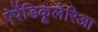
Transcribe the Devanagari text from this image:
ऐपेंडिकूलेरिआ